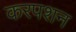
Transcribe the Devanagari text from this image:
करपशन